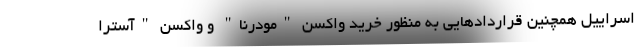
اسراییل همچنین قراردادهایی به منظور خرید واکسن "مودرنا" و واکسن "آسترا